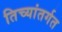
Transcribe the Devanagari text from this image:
तिच्यांतर्गत